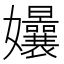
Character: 𭒴